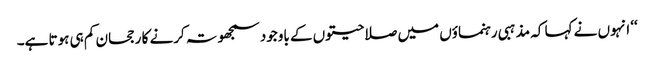
‘‘ انہوں نے کہا کہ مذہبی رہنماؤں میں صلاحیتوں کے باوجود سمجھوتہ کرنے کا رجحان کم ہی ہوتا ہے۔